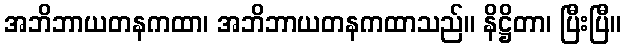
အဘိဘာယတနကထာ၊ အဘိဘာယတနကထာသည်။ နိဋ္ဌိတာ၊ ပြီးပြီ။